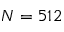
N = 5 1 2